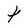
Character: t